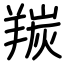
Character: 羰